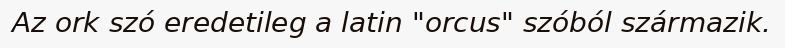
Az ork szó eredetileg a latin "orcus" szóból származik.